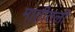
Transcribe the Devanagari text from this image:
मातीतली